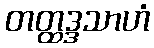
တတ္ထဒ္ဒသာဟံ